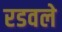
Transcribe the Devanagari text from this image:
रडवले